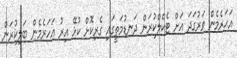
އަހަރެމެން ވަރުގަދަ އަށް ޓެކްލްކުރަން ދަނޑުމަތީގައި ގެރިކޮށް ކުޅޭ އިރު އަހަރެމެން ބަލިކުރަން